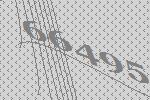
66495